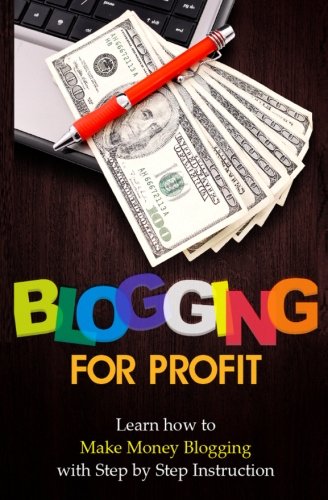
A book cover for Blogging for Profit: Learn How to Make Money Blogging With Step by Step Instruction (Volume 1); Terence Lawfield; Computers & Technology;